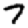
Digit: 7